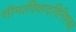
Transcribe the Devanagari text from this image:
सीमाविवादविनिश्चय